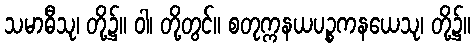
သမာဓီသု၊ တို့၌။ ဝါ၊ တို့တွင်။ စတုက္ကနယပဉ္စကနယေသု၊ တို့၌။